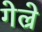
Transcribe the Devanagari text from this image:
गेल्रे